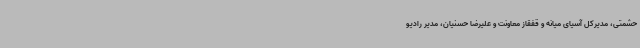
حشمتی، مدیرکل آسیای میانه و قفقاز معاونت و علیرضا حسنیان، مدیر رادیو